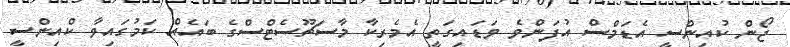
ޖޯން ކުއިންސީ އެޑަމްސް އުފަންވެ ވަޑައިގަތީ އެމެރިކާ މާސަޗޫސެޓްސްގެ ބައެއް ކަމުގައިވާ ކްއިންސީ